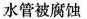
水管被腐蚀